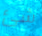
شئ